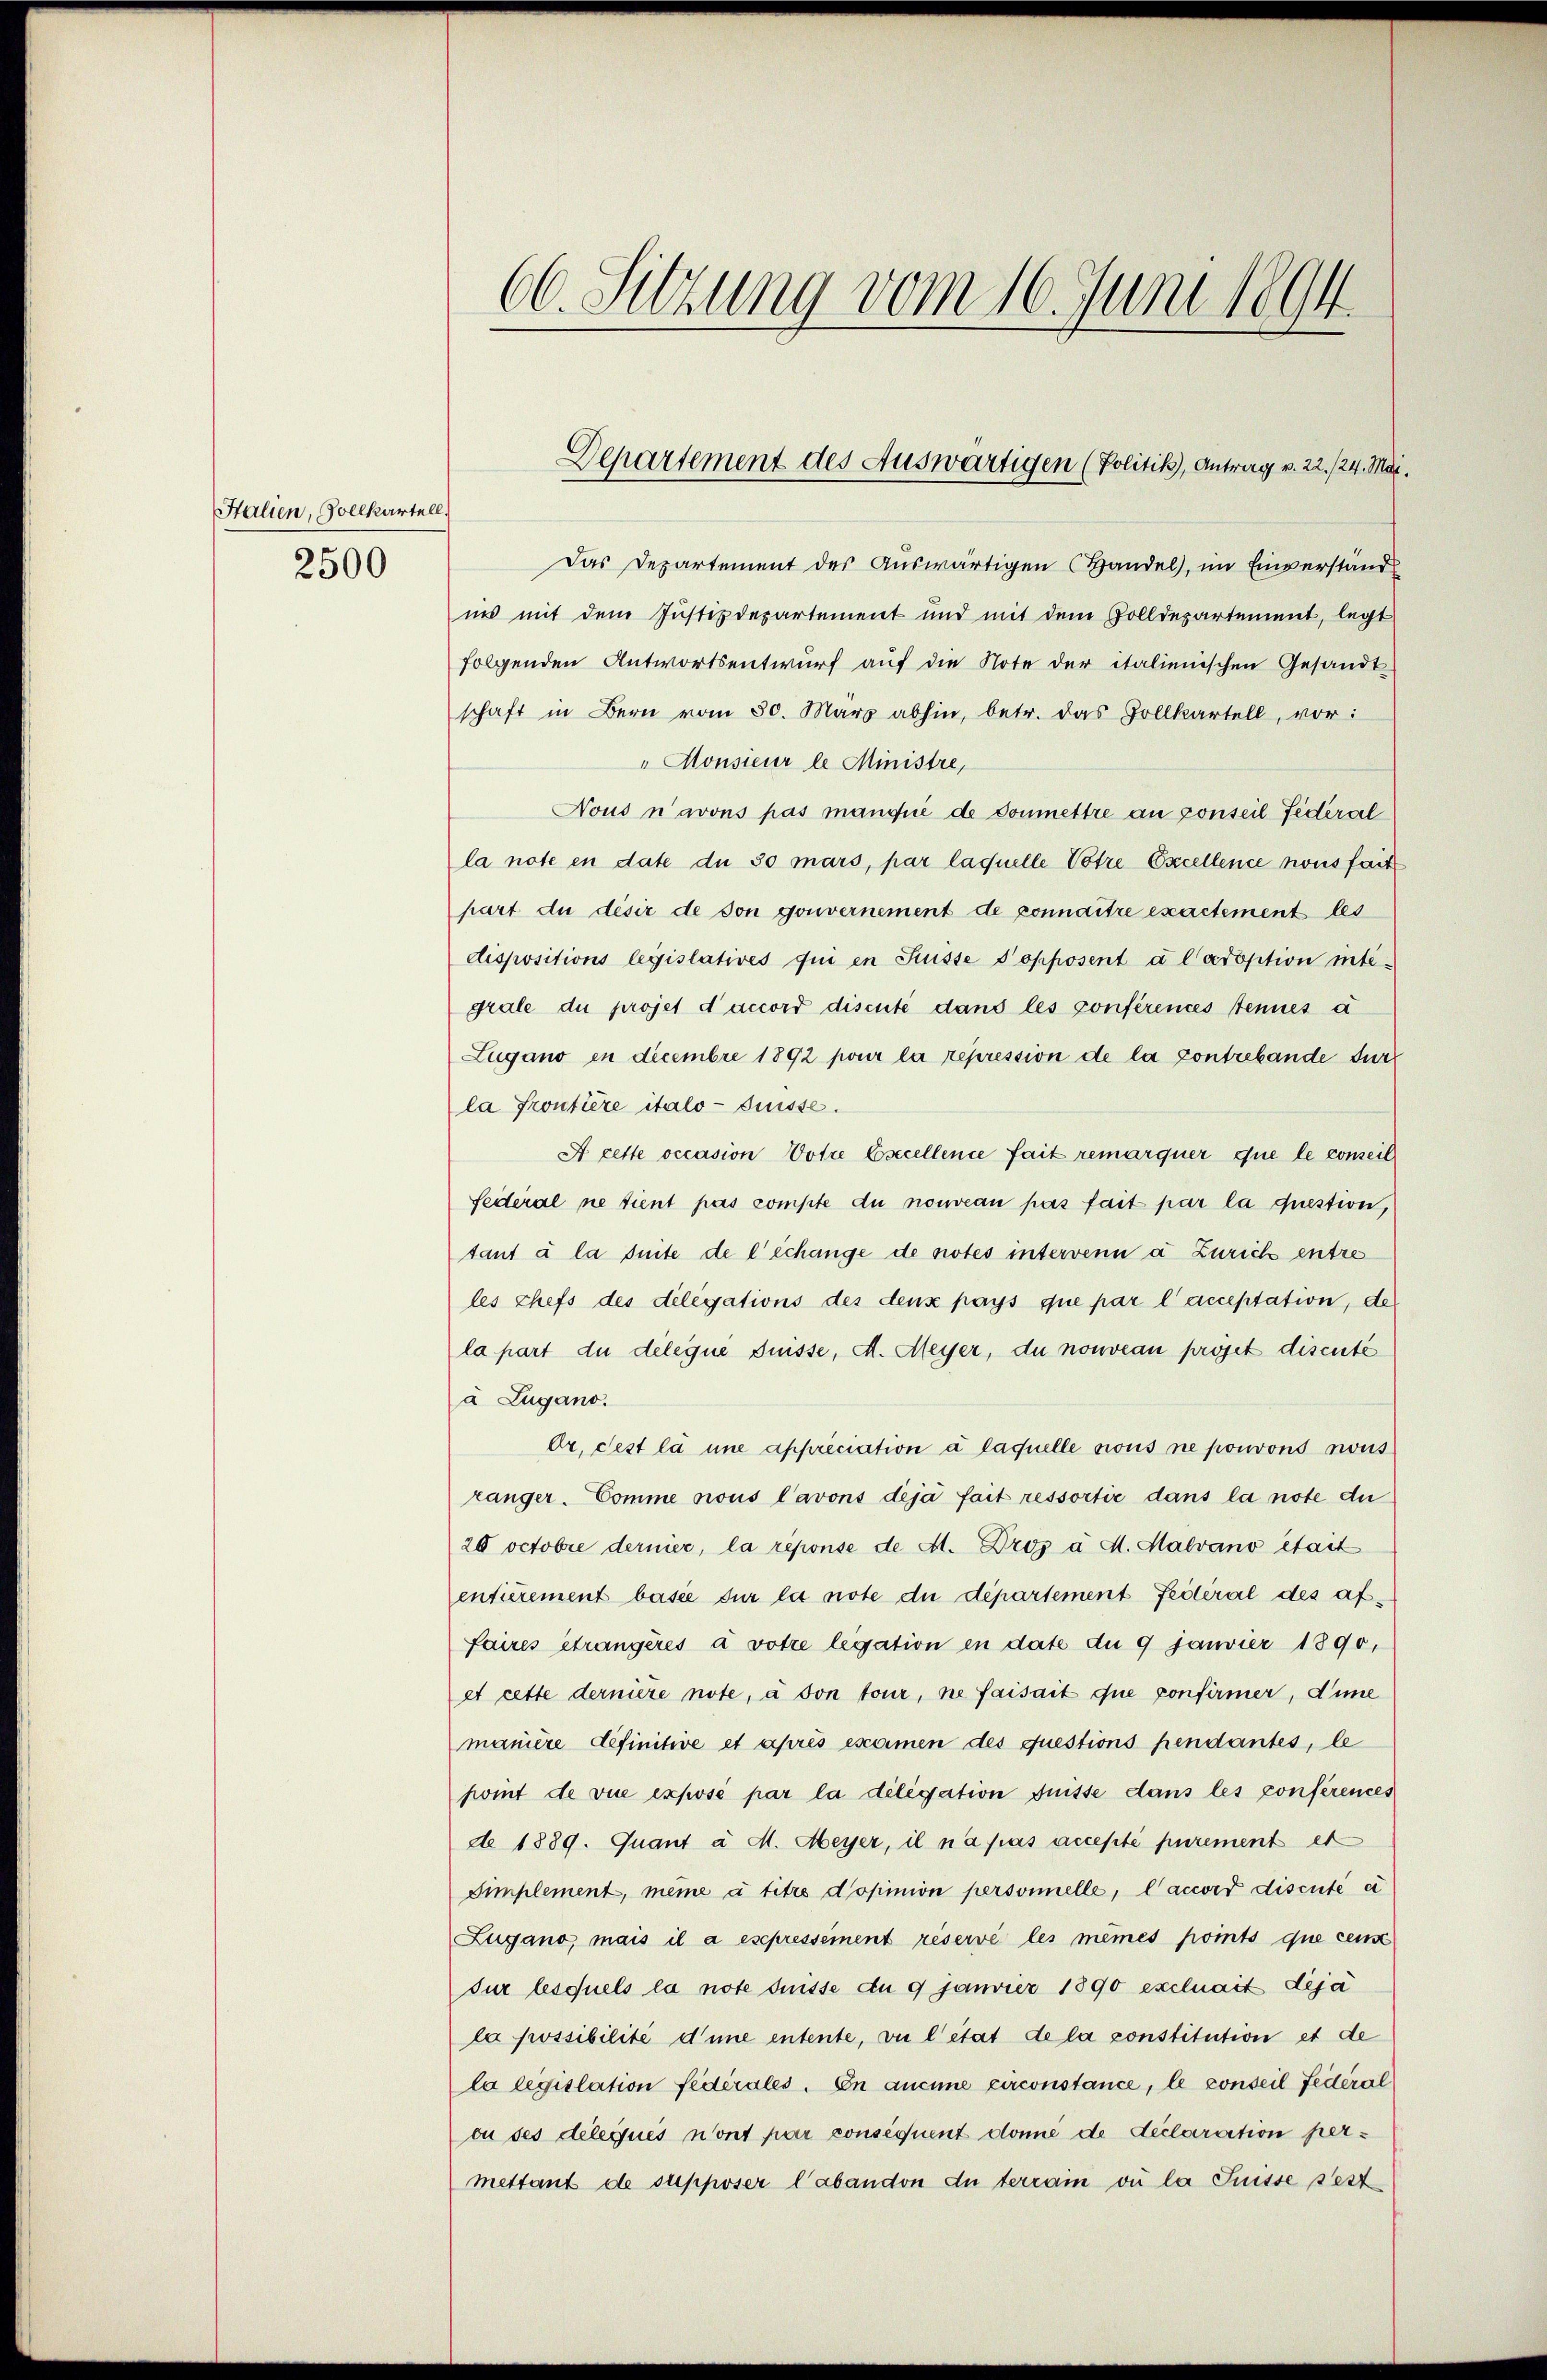
Halien, Sollkartell.
2500

66. Sitzung vom 16. Juni 1894.

Das Departement des Auswärtigen Handel, im Einverständ
ins mit dem Justizdepartement und mit dem Golldepartement, legt
folgenden Antwortsentwurf auf die Note der italienischen Gesandt-
schaft in Bern vom 30. März abhin, betr. das Zollkartell, vor:
"Monsieur le Ministre,
Nous n’avons pas manqué de doumettre an conseil Federal
la note en date du 30 mars, par laquelle Votre Excellence nons fait
part du désir de son gouvernement de connaitre exactement les
dispositions legislatives qui en Füsse d’opposent à l’adoption intigrale du projet d’accord discuté dans les conférences tenues à
Zugano in Decembre 1892 pour la repression de la contrebande dur
la Frontière italo-Puisse.
A cette occasion Votie Cscellence fait remarquer que le conseil
federal ne tient pas compte du nouveau pas fait par la question,
tant à la suite de l’échange de notes intervenn a Zürich entre
les chefs des delegations des denz pays que par l’acceptation, de
la part du délégue Füsse, d. Meyer, du nouveau projet disenté
a Lugano.
dr. Fest la une appréciation à laquelle nous ne pouvons sous
ränger. Comme nous l’avons deja fait ressortir dans la note du
20 octobre dernier, la réponse de Al. Droj à M. Malvano était
entirement basie sur la note du département Federal des affaires étrangères à votie legation in date du 9 Janvier 1890,
et cette dernière note, a von tour, ne faisait que confirmer, Anne
manière definitive et après examen des questions pendantes, le
fwint de vue exposé par la diligation fuisse dans les conferences
de 1889. Quant à M. Meyer, il n’a pas accepté purement et
Simplement, meine a titre dopinion personnelle, l’accord discuté ei
Zugano, mais il a esepressément réserve les mêmes points que cens
sur lesquels la note disse du 9 Janvier 1890 excluait deja
la possibilité d’une entente, vie l’état de la constitution et de
la legislation fédérales. En aucune circonstance, le conseil Federal
ou ses deleques nont par conséquent donne de declaration permettant de supposer l’abandon du terrain ou la Suisse sest

Departement des Auswärtigen (Politik), Antrag v. 22./24. Mar.